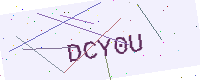
Text: DCY0U